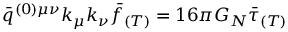
\bar { q } ^ { ( 0 ) \mu \nu } k _ { \mu } k _ { \nu } \bar { f } _ { ( T ) } = 1 6 \pi G _ { N } \bar { \tau } _ { ( T ) }